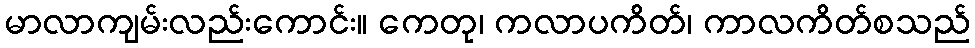
မာလာကျမ်းလည်းကောင်း။ ကေတု၊ ကလာပကိတ်၊ ကာလကိတ်စသည်